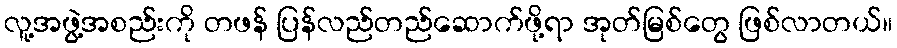
လူ့အဖွဲ့အစည်းကို တဖန် ပြန်လည်တည်ဆောက်ဖို့ရာ အုတ်မြစ်တွေ ဖြစ်လာတယ်။